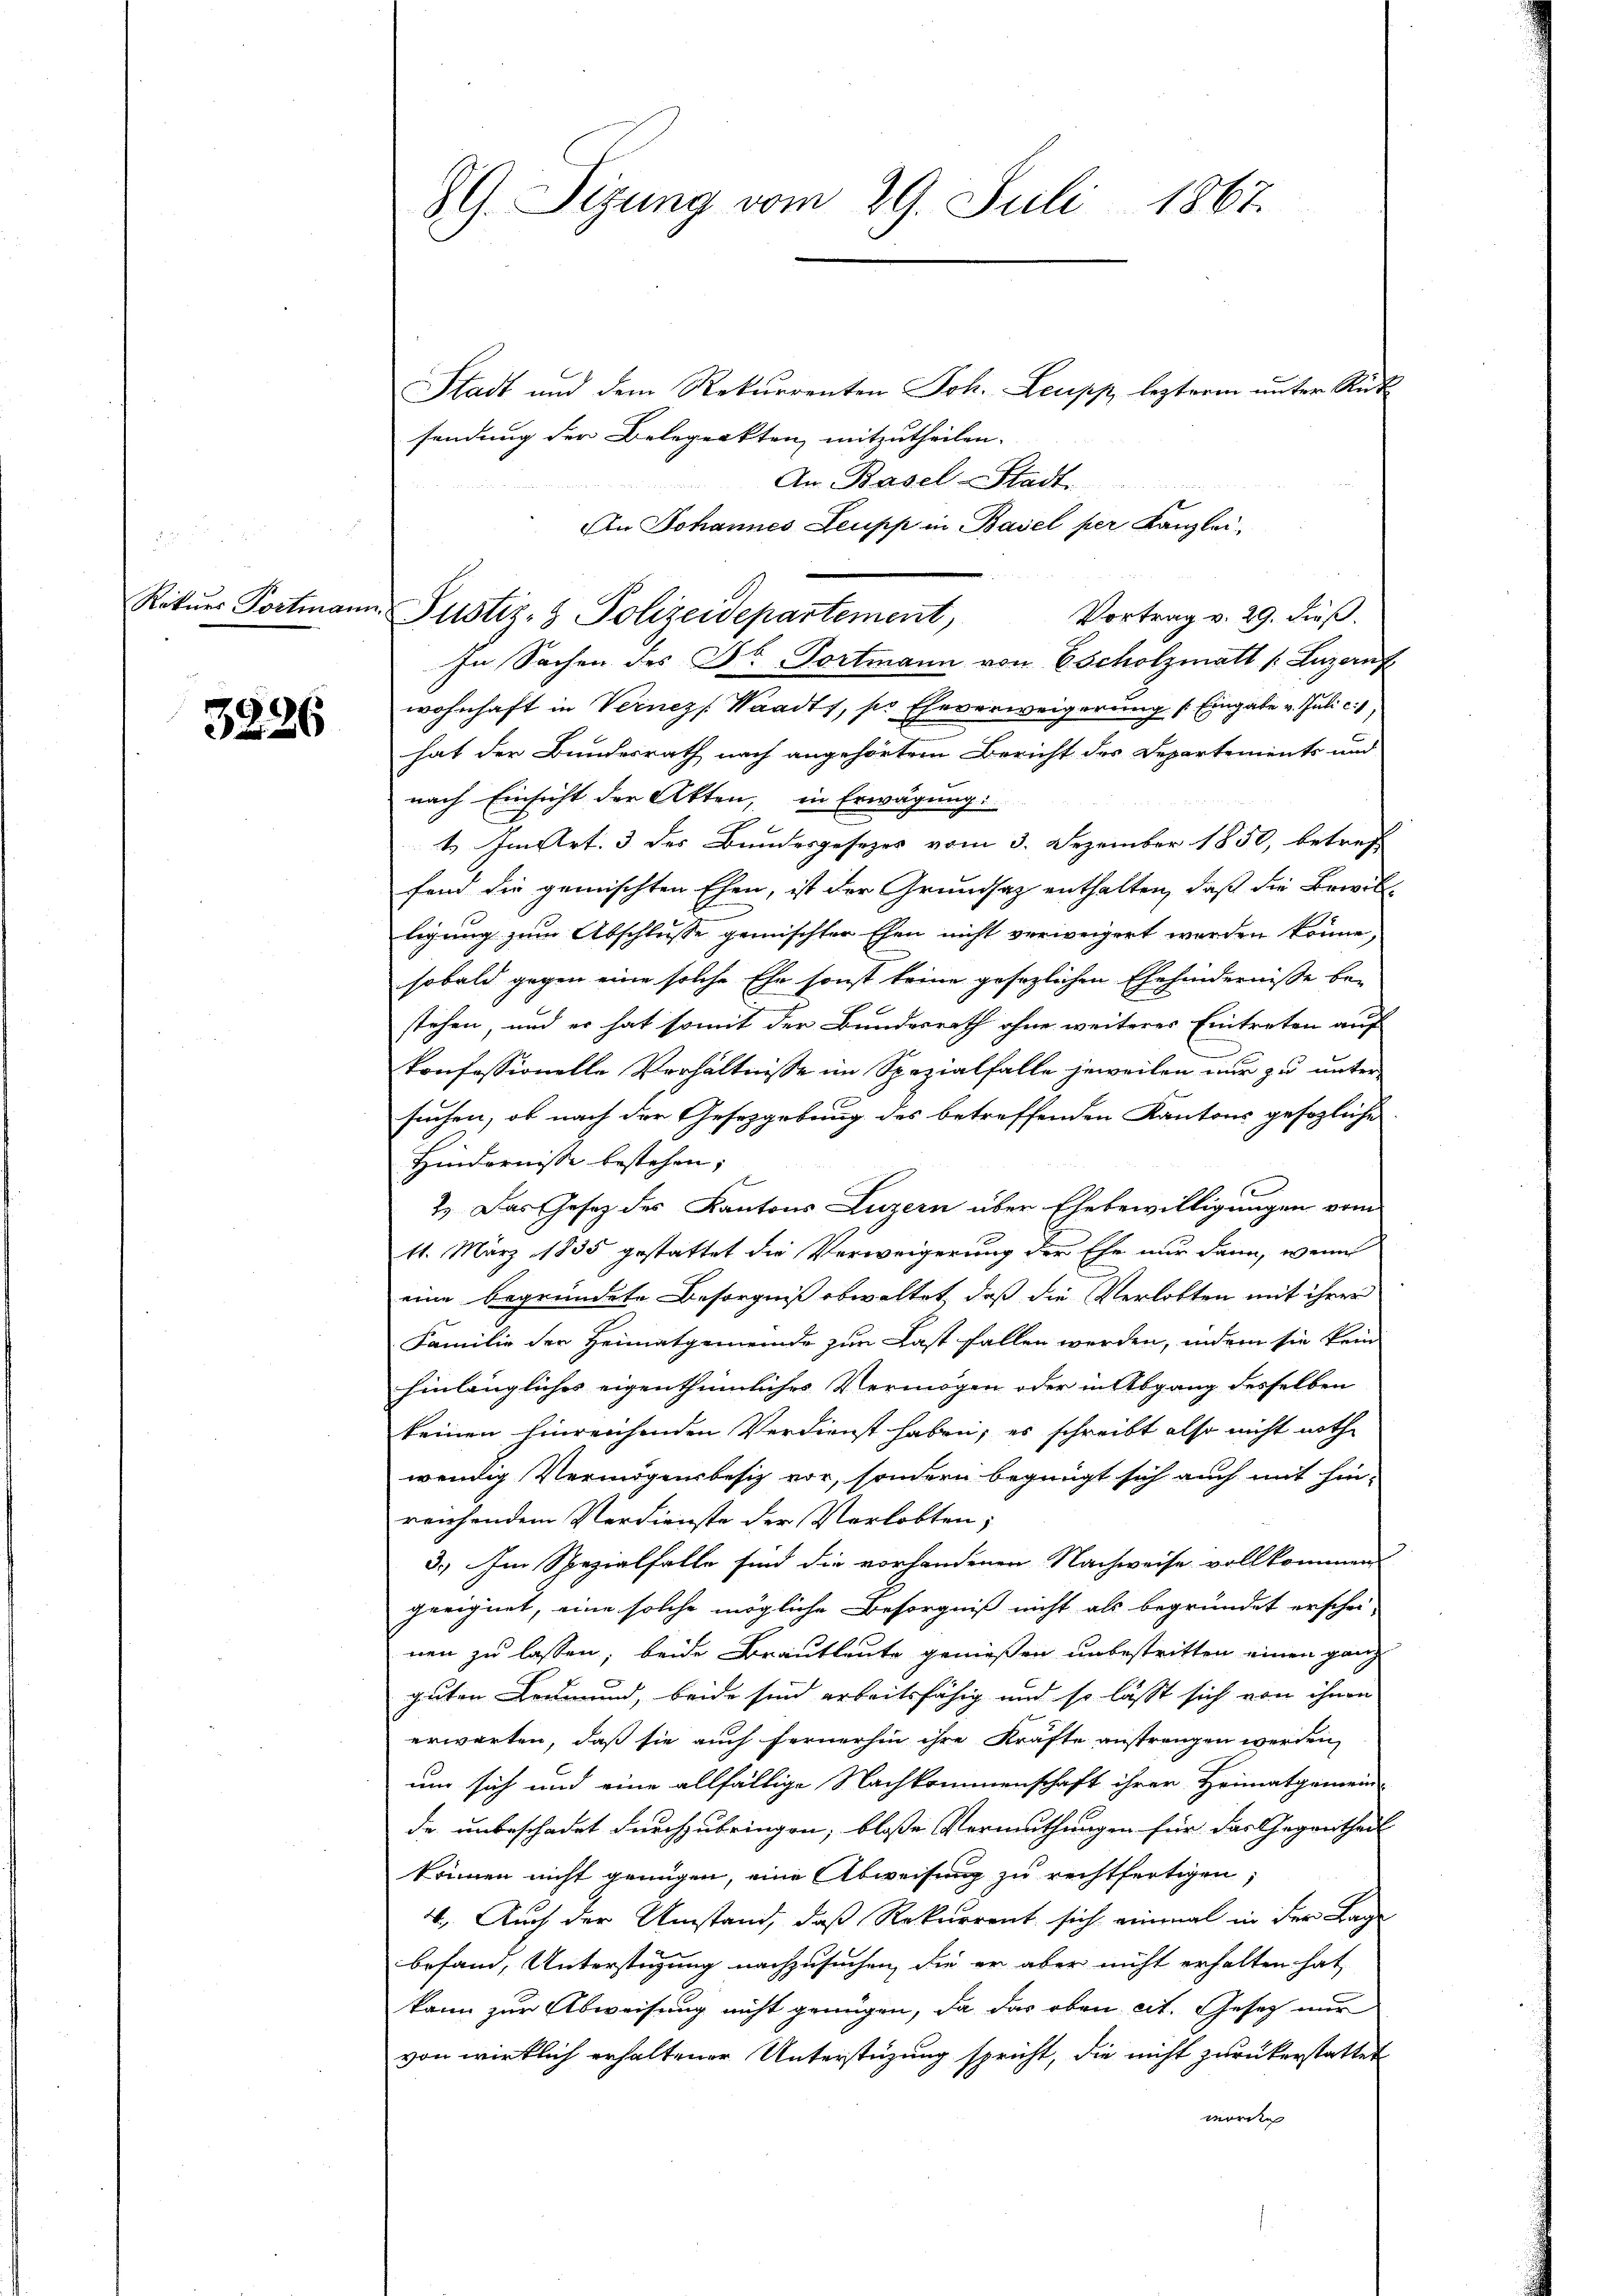
Rekurs Portmann

3226

89. Sizung vom 29. Juli 1867.

u Justiz- & Polizeidepartement,

Stadt und dem Rekurrenten Joh. Leupp, lezterm unter Rüt
sendung der Belegrakten mitzutheilen. |
An Basel Stadt
An Johannes Leupp in Basel per Kanzlei,
Vortrag v. 29. dieß.
In Sachen des Dr. Portmann von 6 Scholzmatt (Luzern f
wohnhaft in Vernez /: Waadt, so Eheverweigerung (Eingabe v. Juli c.
hat der Bundesrath nach angehörtem Bericht des Departements und
nach Einsicht der Akten, in Erwägung:
1. Im Art. 3 des Bundesgesezes vom 3. Dezember 1850, betref
fand die gemischten Ehen, ist der Grundsaz enthalten, daß die Bewil-
ligung zum Abschlusse gemischter Ehen nicht verweigert worden könne,
sobald gegen eine solche Ehe sonst keine gesezlichen Ehehindernisse be-
stehen, und er hat somit der Bundesrath ohne weiteres Eintreten auf
konfessionelle Verhältnisse im Spezialfalle jeweilen nur zu unter
suchen, ob nach der Gesetzgebung des betreffenden Kantons gefogliche
Hindernisse bestehen;
2. Das Gesetz des Kantons Luzern über Ehebewilligungen vom
11. März 1835 gestattet die Verweigerung der Ehe nur dann, wenn
eine begründete Besorgniß obwaltet, daß die Verlobten mit ihrer
Familie der Heimatgemeinde zur Last fallen werden, indem sie kein
hinlängliches eigenthümliches Vermögen oder in Abgang desselben
keinen hinreichenden Verdienst haben; es schreibt also nicht nothwendig Vermögensbesiz vor, sondern begnügt sich auch mit hin-
reichendem Verdienste der Verlobten;
3.) Im Spezialfalle sind die vorhandenen Nachweise vollkommend
geeignet, eine solche mögliche Besorgniß nicht als begründet erschei-
nen zu lassen, beide Brautleute genießen unbestritten einen ganz
guten Leumund, beide sind arbeitsfähig und so lässt sich von ihnen
erwarten, daß sie auch fernerhin ihre Kräfte anstrangen werden,
um sich und eine allfällige Nachkommenschaft ihrer Heimatgemein-
de unbeschadet durchzubringen, blosse Vermuthungen für das Gegentheil
können nicht genügen, eine Abweisung zu rechtfertigen,
4. Auch der Umstand, daß Rekurrent sich einmal in der Lag
befand, Unterstüzung nachzusuchen, die er aber nicht erhalten hat,
kann zur Abweisung nicht genügen, da das oben cit. Gesetz nur
von wirklich erhaltener Unterstüzung spricht, die nicht zurückerstattet
morden